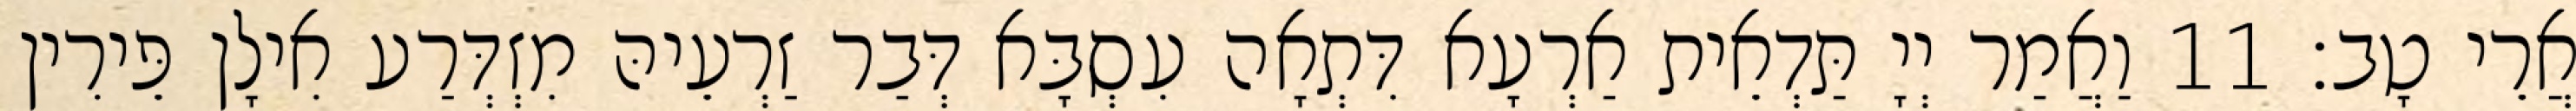
אֲרֵי טָב׃ 11 וַאֲמַר יְיָ תַּדְאֵית אַרְעָא דִּתְאָה עִסְבָּא דְּבַר זַרְעֵיהּ מִזְדְּרַע אִילָן פֵּירִין